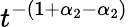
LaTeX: t^{-(1+\alpha_{2}-\alpha_{2})}